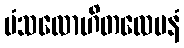
မံသလောဟိတလေပနံ